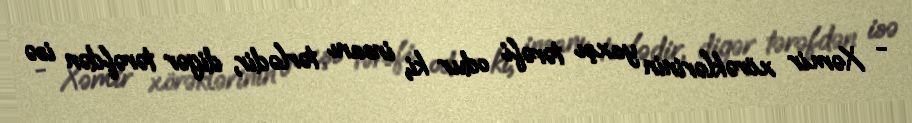
- Xəmir xörəklərinin yaxşı tərəfi odur ki, insanı tərlədir, digər tərəfdən isə